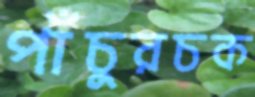
পাঁচুরচক